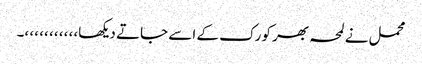
محمل نے لمحہ بھر کو رک کے اسے جاتے دیکھا،، ،، ،، ،، ،، ،۔